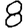
Digit: 8